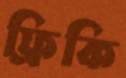
ফ্রিকি